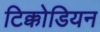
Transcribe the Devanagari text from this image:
टिक्कोडियन